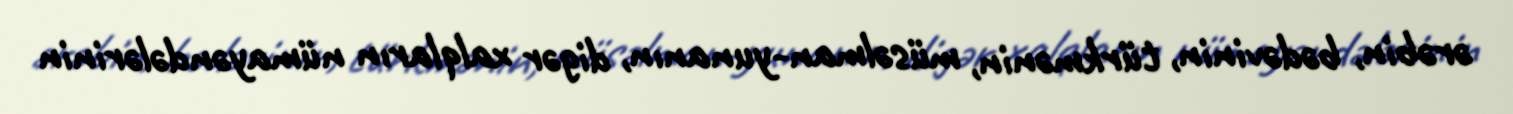
ərəbin, bədəvinin, türkmənin, müsəlman-yunanın, digər xalqların nümayəndələrinin